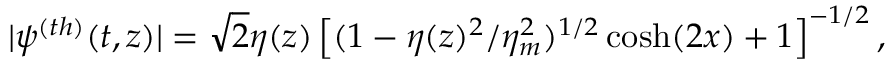
\begin{array} { r } { | \psi ^ { ( t h ) } ( t , z ) | = \sqrt { 2 } \eta ( z ) \left[ ( 1 - \eta ( z ) ^ { 2 } / \eta _ { m } ^ { 2 } ) ^ { 1 / 2 } \cosh ( 2 x ) + 1 \right] ^ { - 1 / 2 } , } \end{array}